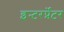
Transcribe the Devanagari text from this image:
इन्टरर्प्रेटर